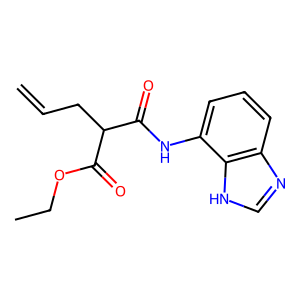
SMILES: C=CCC(C(=O)Nc1cccc2nc[nH]c12)C(=O)OCC
Inhibits HIV replication: No